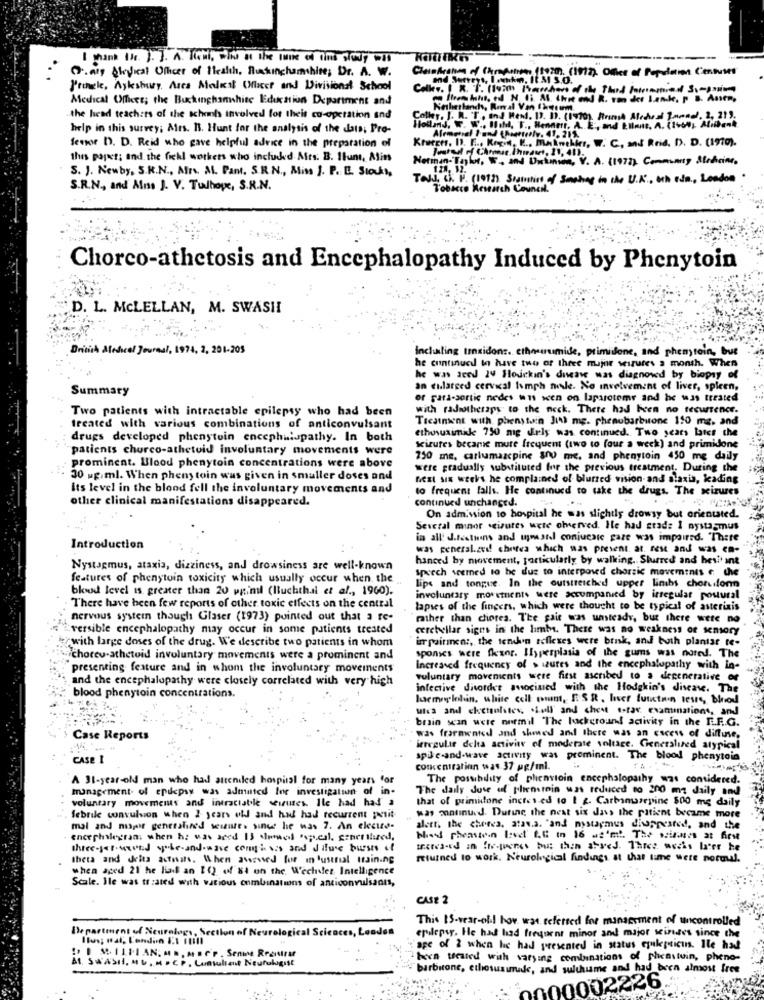
I mane the. J. J. A. Steht, wie of the look of time slovy wit
----
O.ary &heyicat Ofheer of Health, Rackinghamshire; Dr. A. W.
Cheindication of chinapatroon 150zm. (1992), Office of Population Censured
and Surveys, Iownkim, It.A S.O.
Pringle, Aylesbury. Area Melast Ofbest and Divisional School
K. S. (100) harchers of the Thand hetrimmed So-
Medical Officer; the Buckinghamwhite Education Department and
Kethestanch, Rural Von Ihrem
the head teachers of the schools involved for theit co-operation and
Coller. J. I. T. and Real. 11. 11. (1970). Frisk Alcohol Zumnd, 2. 219.
help in this survey; Ales. B. Hunt for the analysis of the data; Pro-
Land. W. W .. Mohl, T ., Henderr. A. E ., and Ellis, A. (1660), Alidenk
Krupens. I. E. Krend, E ., Malwebber, W. C, and Reid. D. D. (1970).
Alemoral I und (Ranetesly. 41. 215
Sensor D. D. Reid who gave helpful advice in the preparation of
this part; and. the fichl workers who included Afts. B. Itunt, Atins
Notmon-Taylor, ", and Unkinion, V. A. (1972) Community Medicine.
S. J. Newby, S.R.N ., Afrs. M. Pant, SRN. Miss J. P. E. Stock,
Tall, ch. P. (1993) Statistics of Seeing in the U.K, och ada, London .
S.R.N ., and Ans J. V. Tulhope, S.R.N.
Tobacco Research Council.
Chorco-athetosis and Encephalopathy Induced by Phenytoin
D. L. MCLELLAN, M. SWASHI
British Aledice
Journal, 1974, 2, 201-205
Incluting unsidons. chmurmise, primisione, and phenyrain, but
he continued to have two of three major seizures a month. When
he was aced 24 Hourkin's disease was diagnosed by biopsy of
Summary
an enlarged cervical humph node. No involvement of liver, spleen,
of fari-sortie nedes wus scen on laparotomy and he was treated
Two patients with intractable epilepsy who had been
with radiotherapy to the neck. There had been no recurrence.
Treatment with phenytoin Jih me. pheaubarbitone 150 mg, and
treated with various combinations of anticonvulsant
ethususimile 750 mg dely was continued. Two years later che
drugs developed phenytoin encephalopathy. In both
patients churco-athetoid involuntary movements were
seizures became mure frequent (two to four a weck) and primidone
750 me, carlumazepine 300 me, and phenytoin 450 mg daily
prominent. Blood phenytoin concentrations were above
were gradually substituted for the previous treatment. During the
30 ug.ml. When pheny toin was given in smaller doses and
nesl six weeks. he complained of blurred vision- and alania, kading
Its level in the blood fell the involuntary movements and
to frequent falls. He continued to take the drugs. The seizures
other clinical manifestations disappeared.
continued unchanged.
On admission to hospital he was slightly drowsy but orientated.
Several minor seizures were observed. He had stade I nystagmus
in all' d.festins and upward conjueste gare was impaired. "There
Introduction
was generalized! chrtea which was present. at. rest and was en-
hanced by movement, particularly by walking. Slurred and hesitant
Nystagmus, ataxia, dizziness, and drowsiness are well-known
speech seemed to be due to interposed chorzic movements e the
features of phenytoin toxicity which usually occur when the
bkwod level is greater than 20 ppiml (lluchthal et al ., 1960).
lips and tongue. In the outstretched upper limbs chorusfonn
involuntary movements were accompanied by irregular postural
There have been few reports of other toxic effects on the central
lapses of the fingers, which were thought to be typical of asterixis
nervous system though Glaser (1973) pointed out that a re-
rather than ciores. The gait was unsteady, but there were no
versible encephalopathy may occur in some patients treated
cerebellar signs in the lambs. There was no weakness of sensory
with large doses of the drug. We describe two patients in whom
impainnen :, the tenden reflexes were binsk, and both plantar te-
sponses were fluor. Hyperplasia of the gums was noted. The
choreu-athetoid involuntary movements were a prominent and
presenting feature and in whom the involuntary movements
Increased frequency of sures and the encephalopathy with in-
and the encephalopathy were closely correlated with very high
voluntary movements were first ascribed to a degenerative of
infective disorder amocined with the Hodgkin's disease. The
blood phenytoin concentrations.
hemoglobin. white cell wont, ESR , hver futctnin tese, blod
with and cketiohates, sfull and chest e-ray examinations, and
brain scan were nurmil The luckground activity in the ILF.G.
Case Reports
was frarmented and showed and there was an excess of diffuse.
irregular delta activity of moderate voltare. Generalized atypical
CASE I
spie-and-wave activity was prominent. The blood phenytoin
concentration was.37 ug/ml.
A 31-year-old man who had attended hospital for many years for
The possibility of plienvioin encephalopathy was considered.
management. of epilepsy was adunted Ine investigation of in.
The daily dose of plientein was reduced to 200 mg daily and
voluntary movements and intractable seiten. Ile had had a
that of primitone inctes ed to 1 g. Carbamazepine 500 mg daily
was matinud. During the nest six dass the patient became more
febrile convulsion when 2 years old and hul had recurrent petit
mal and napis generalired seizure. since he was 7. An electto-
alert. the cheeca, ataca. "and mystagmus disappeared, and the
encephalestan when he was aned 13 clmed esqueal, grnct shred.
three-jeg-wood spole-and-wave congisis and d ffure burst of
thets and deits activars. When aweused for in 'ustrial training
returned to work. Neurological findings at that time were noroul.
when aged 21 he liais an 1() of 84 on the Wechsler Intelligence
Scale. Ile was tr :ated with various combinations of anticonvulsants,
CASE 2
This IS-wear-ofil how was referred for manassment of uncontrolled
Department of Neurology, Section of Neur
leaces,
epilepsy. He had had frequent minor and major seines since the
MILLIAN. ... . IFP . Senme Reentrar
age of 2 when he had presented in status epilepticus. Ile had
At. SWASII, MU . M . CP. Consultant Neurologist
been treated with varying combinations of plicastuin, pheno-
barbicone, ethosusurade, and sulthume and had been almost free
2226